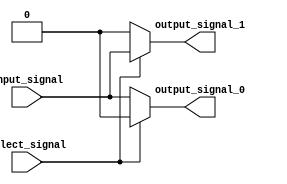
module demux_1to2 (
    input wire input_signal,
    input wire select_signal,
    output wire output_signal_0,
    output wire output_signal_1
);

    assign output_signal_0 = (select_signal == 1'b0) ? input_signal : 1'b0;
    assign output_signal_1 = (select_signal == 1'b1) ? input_signal : 1'b0;

endmodule